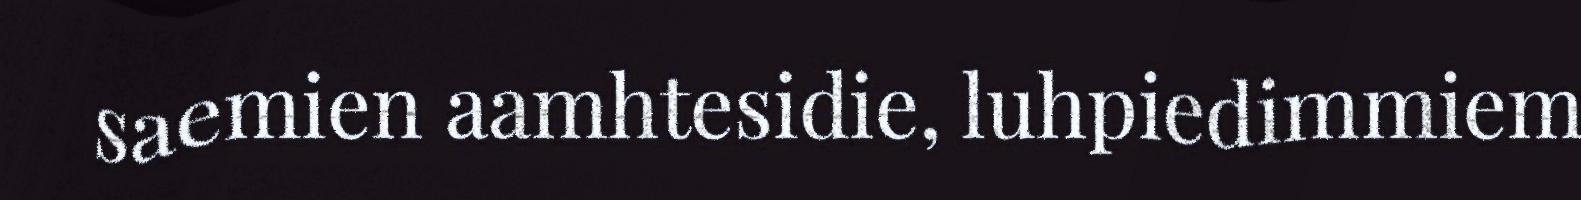
saemien aamhtesidie, luhpiedimmiem